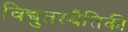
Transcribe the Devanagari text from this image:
विद्युतस्थैतिकी